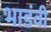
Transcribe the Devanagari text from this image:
भाडंवी